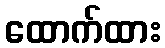
ထောက်ထား